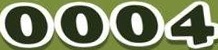
0004